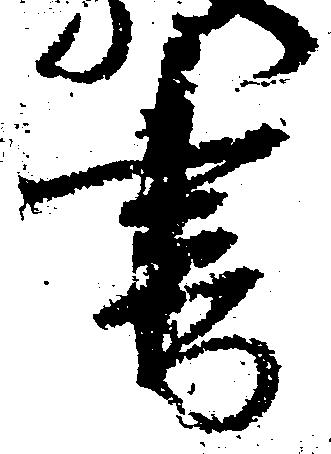
書